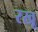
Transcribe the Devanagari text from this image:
रखू